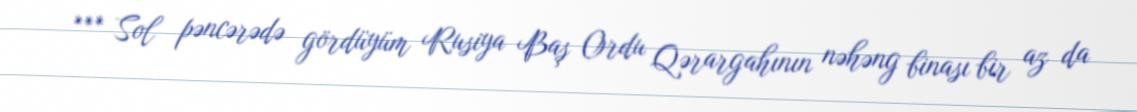
*** Sol pəncərədə gördüyüm Rusiya Baş Ordu Qərargahının nəhəng binası bir az da